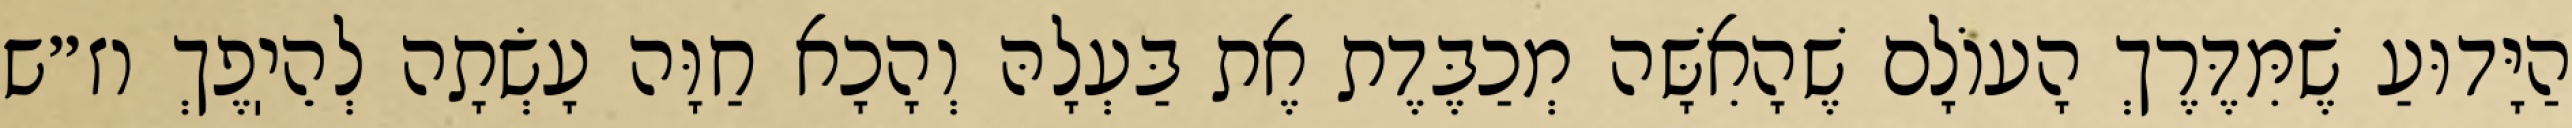
הַיָּדוּעַ שֶׁמִּדֶּרֶךְ הָעוֹלָם שֶׁהָאִשָּׁה מְכַבֶּדֶת אֶת בַּעְלָהּ וְהָכָא חַוָּה עָשְׂתָה לְהֵיֽפֶךְ וז״ש